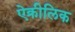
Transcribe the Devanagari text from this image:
ऐक्रीलिक